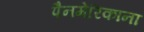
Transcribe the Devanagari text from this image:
पैनमेरिकाना